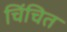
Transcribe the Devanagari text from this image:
चिंचित